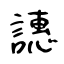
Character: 譓